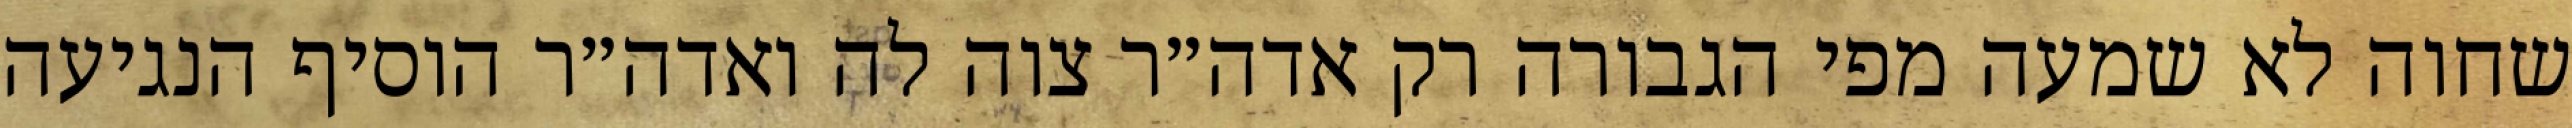
שחוה לא שמעה מפי הגבורה רק אדה״ר צוה לה ואדה״ר הוסיף הנגיעה